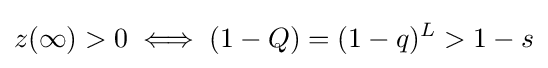
z(\infty )>0\iff (1-Q)=(1-q)^{L}>1-s